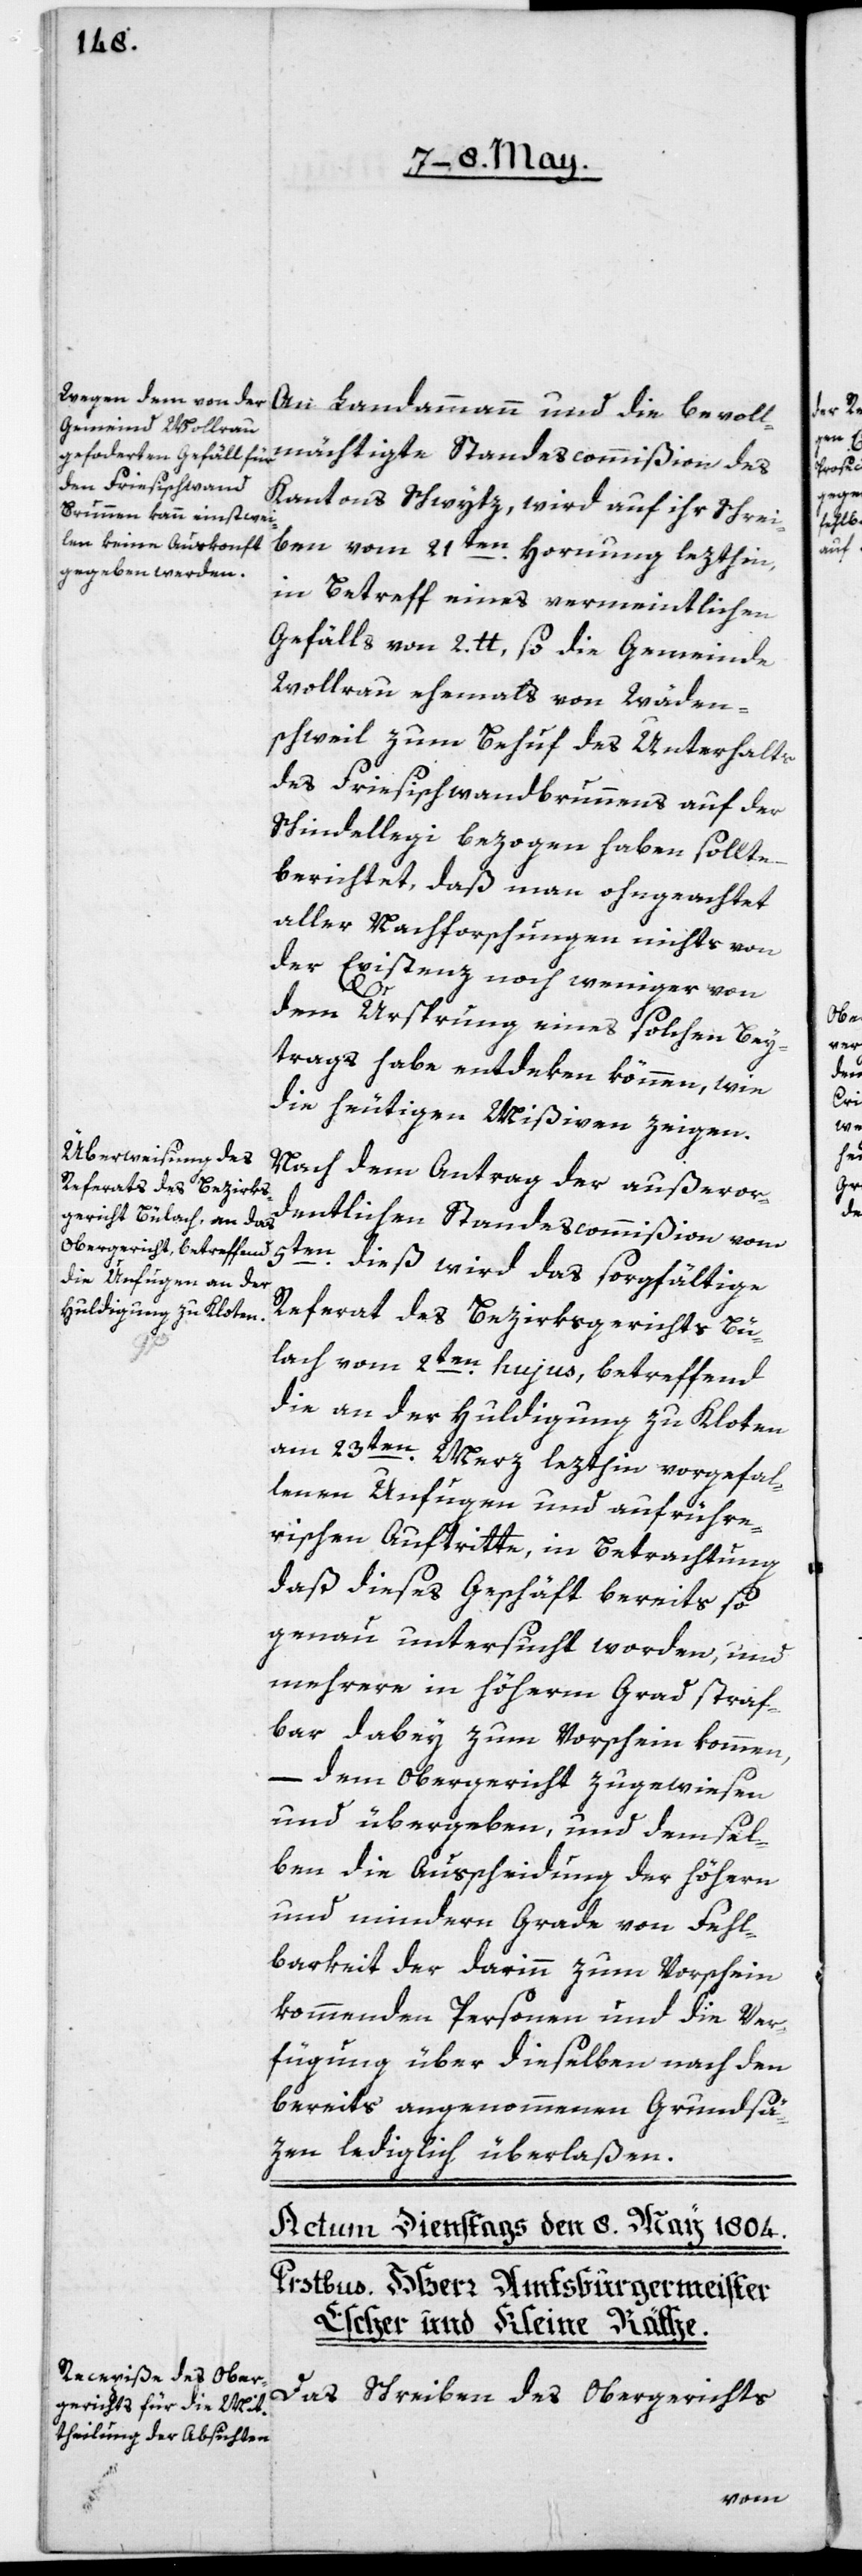
An Landammann und die bevoll¬
mächtigte Standescommißion des
Kantons Schwytz, wird auf ihr Schrei¬
ben vom 21ten Hornung lezthin,
in Betreff eines vermeintlichen
Gefälls von 2 lb., so die Gemeinde
Wollerau ehemals von Wäden¬
schweil zum Behuf des Unterhalts
des Friesischwandbrunnens auf der
Schindellegi bezogen haben sollte,
berichtet, daß man ohngeachtet
aller Nachforschungen nichts von
der Existenz noch weniger von
dem Ursprung eines solchen Bey¬
trags habe entdeken können, wie
die heutigen Mißiven zeigen.
Nach dem Antrag der außeror¬
dentlichen Standescommißion vom
5ten dieß, wird das sorgfältige
Referat des Bezirksgerichts Bü¬
lach vom 2ten hujus, betreffend
die an der Huldigung zu Kloten
am 23ten Merz lezthin vorgefal¬
lenen Unfugen und aufrühre¬
rischen Auftritte, in Betrachtung,
daß dieses Geschäft bereits so
genau untersucht worden, und
mehrere in höherm Grad straf¬
bar dabey zum Vorschein kommen,
dem Obergericht zugewiesen
und übergeben, und demsel¬
ben die Ausscheidung der höhern
und mindern Grade von Fehl¬
barkeit der darinn zum Vorschein
kommenden Personen und die Ver¬
fügung über dieselben nach den
bereits angenommenen Grundsä¬
zen lediglich überlaßen.
Das Schreiben des Obergerichts